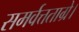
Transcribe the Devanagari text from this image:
समर्वत्तताग्रे।